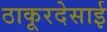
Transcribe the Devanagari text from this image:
ठाकूरदेसाई